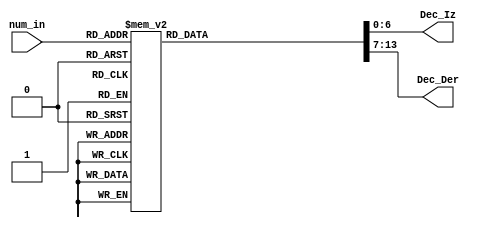
module Decod_Octal (
    input [3:0] num_in,
    output reg [6:0] Dec_Iz,
    output reg [6:0] Dec_Der
);
    always @(*) begin
        case (num_in)
               4'd0 : begin Dec_Iz = 7'b0000000; Dec_Der = 7'b1111110; end // Octal 0
               4'd1 : begin Dec_Iz = 7'b0000000; Dec_Der = 7'b0110000; end // Octal 1
               4'd2 : begin Dec_Iz = 7'b0000000; Dec_Der = 7'b1101101; end // Octal 2
               4'd3 : begin Dec_Iz = 7'b0000000; Dec_Der = 7'b1111001; end // Octal 3
               4'd4 : begin Dec_Iz = 7'b0000000; Dec_Der = 7'b0110011; end // Octal 4
               4'd5 : begin Dec_Iz = 7'b0000000; Dec_Der = 7'b1011011; end // Octal 5
               4'd6 : begin Dec_Iz = 7'b0000000; Dec_Der = 7'b1011111; end // Octal 6
               4'd7 : begin Dec_Iz = 7'b0000000; Dec_Der = 7'b1110000; end // Octal 7
               4'd8 : begin Dec_Iz = 7'b0110000; Dec_Der = 7'b1111110; end // Octal 10
               4'd9 : begin Dec_Iz = 7'b0110000; Dec_Der = 7'b0110000; end // Octal 11
               4'd10: begin Dec_Iz = 7'b0110000; Dec_Der = 7'b1101101; end // Octal 12
               4'd11: begin Dec_Iz = 7'b0110000; Dec_Der = 7'b1111001; end // Octal 13
               4'd12: begin Dec_Iz = 7'b0110000; Dec_Der = 7'b0110011; end // Octal 14
               4'd13: begin Dec_Iz = 7'b0110000; Dec_Der = 7'b1011011; end // Octal 15
               4'd14: begin Dec_Iz = 7'b0110000; Dec_Der = 7'b1011111; end // Octal 16
               4'd15: begin Dec_Iz = 7'b0110000; Dec_Der = 7'b1110000; end // Octal 17
            default : begin Dec_Iz = 7'b0000000; Dec_Der = 7'b0000000; end // Todos apagados default
        endcase
    end
endmodule